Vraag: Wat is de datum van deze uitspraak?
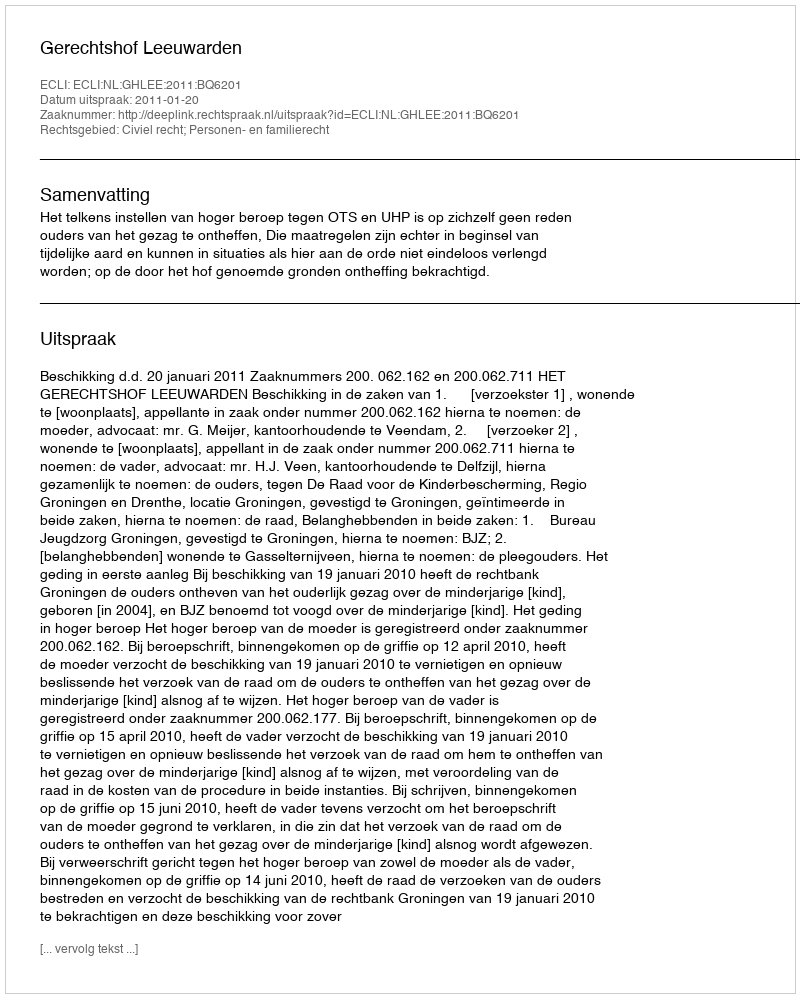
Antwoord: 2011-01-20